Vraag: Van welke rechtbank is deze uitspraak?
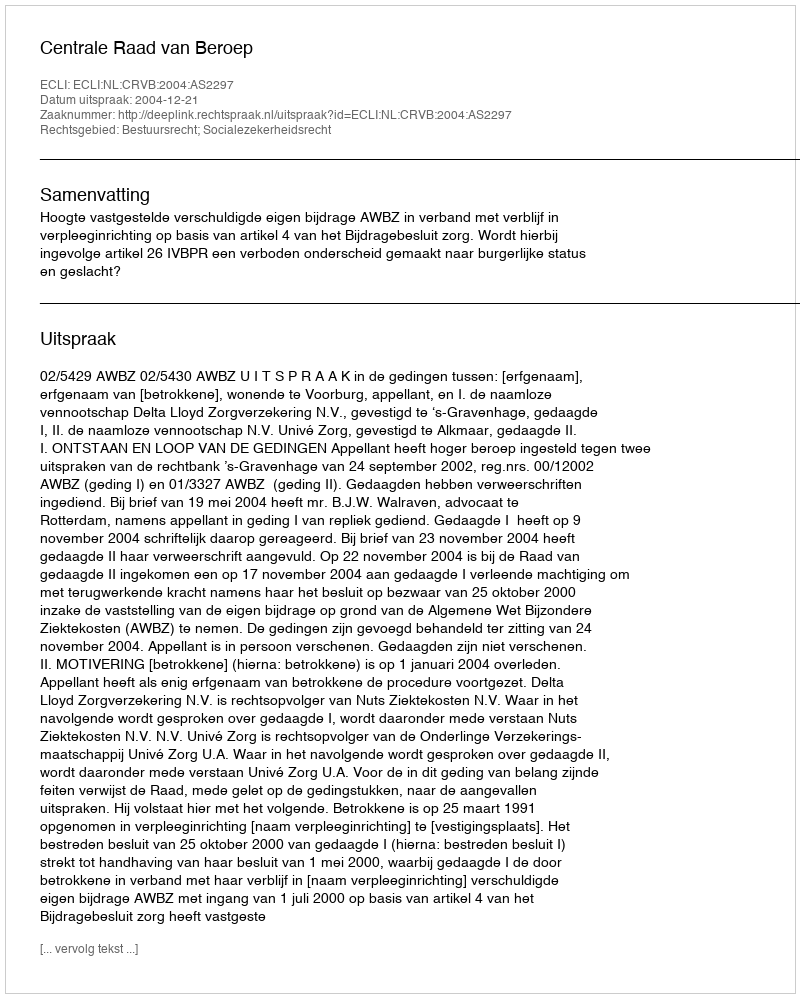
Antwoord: Centrale Raad van Beroep